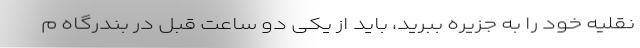
نقلیه خود را به جزیره ببرید، باید از یکی دو ساعت قبل در بندرگاه م